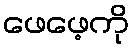
ဖေဖေ့ကို